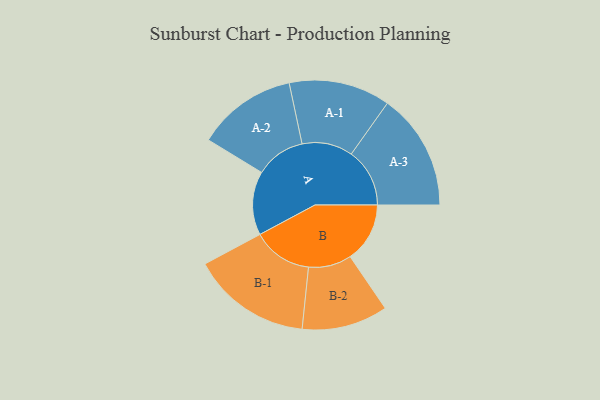
{"axis": {"x": "Segment", "y": "Value"}, "legend": ["", "A", "B"], "data": [{"x": "A", "y": 314, "type": ""}, {"x": "B", "y": 294, "type": ""}, {"x": "A-1", "y": 250, "type": "A"}, {"x": "A-2", "y": 246, "type": "A"}, {"x": "A-3", "y": 288, "type": "A"}, {"x": "B-1", "y": 295, "type": "B"}, {"x": "B-2", "y": 212, "type": "B"}]}